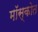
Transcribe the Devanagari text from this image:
मॉस्कोत